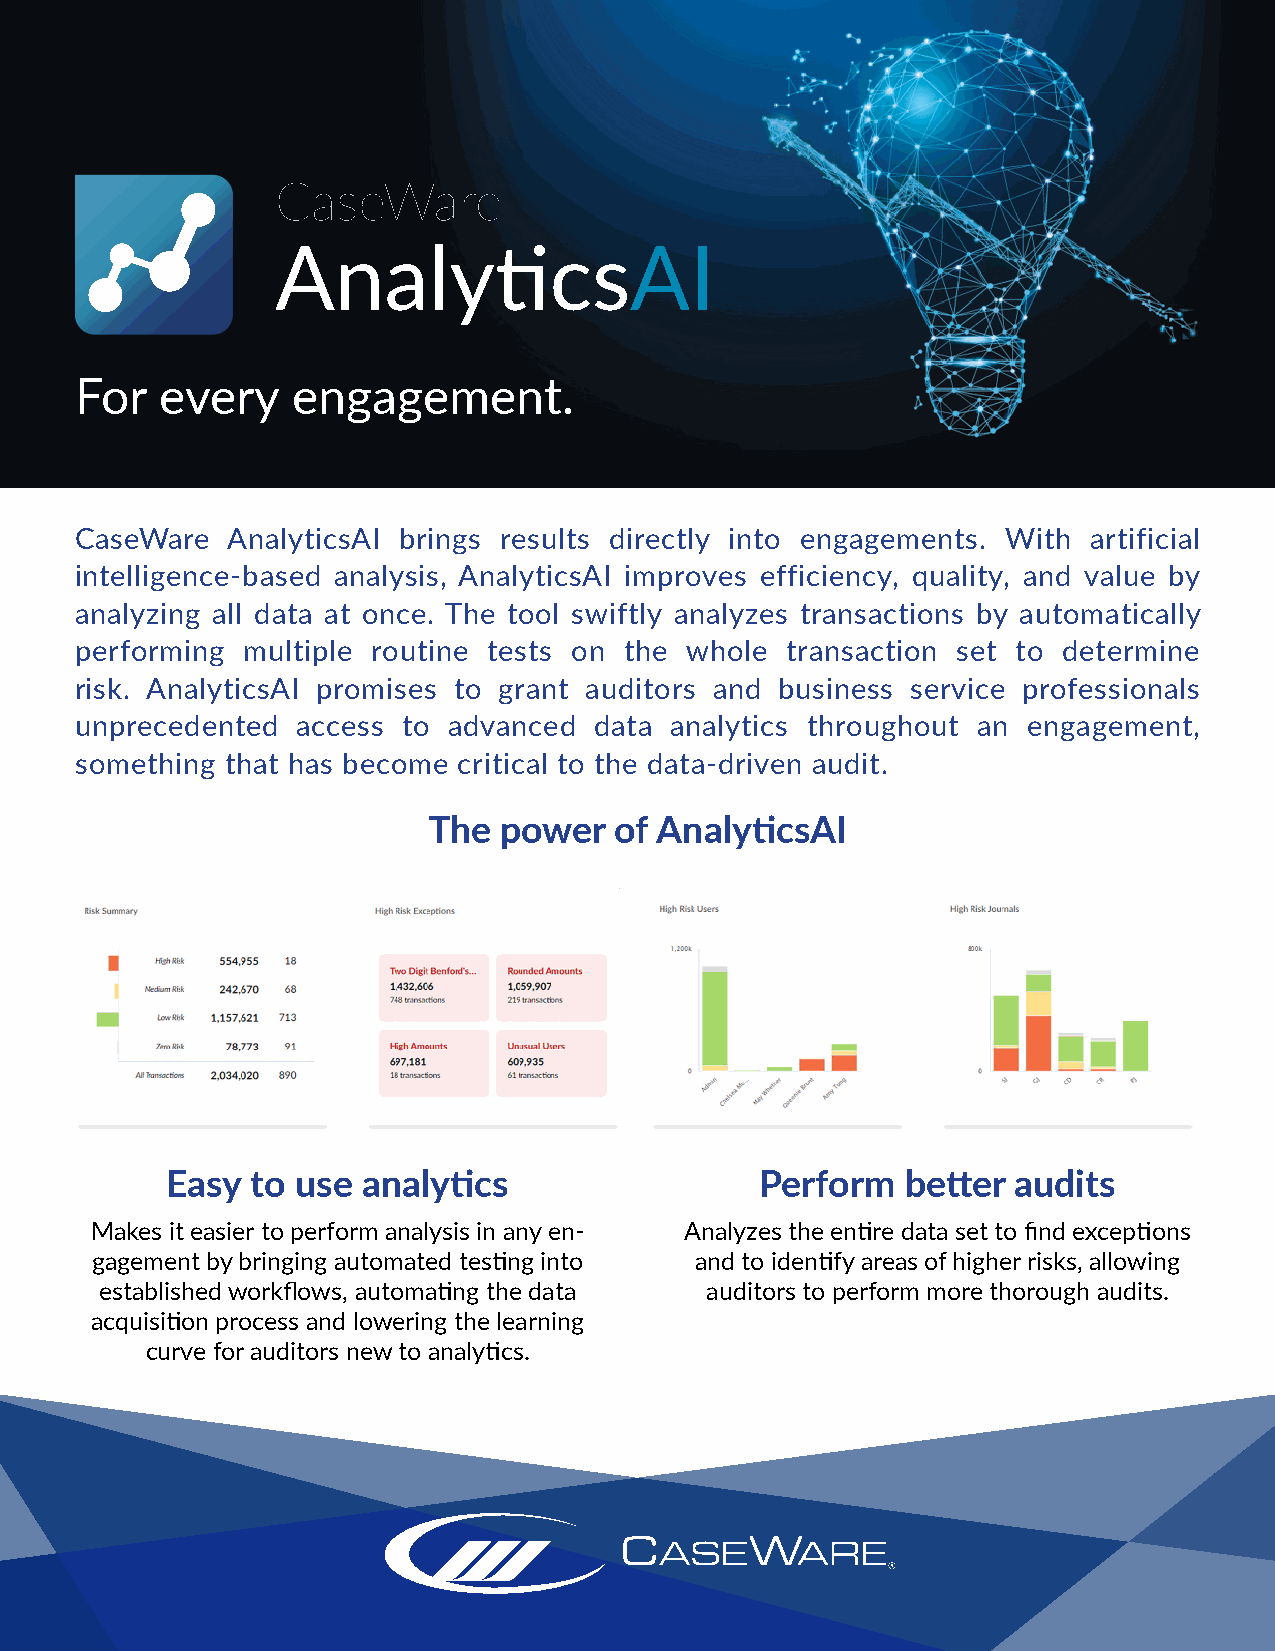
CaseWare
 AnalyticsAI
 For   every   engagement.
 CaseWare  AnalyticsAI brings results directly into engagements. With artificial
 intelligence-based analysis, AnalyticsAI improves efficiency, quality, and value by
 analyzing all data at once. The tool swiftly analyzes transactions by automatically
 performing multiple routine tests on the whole transaction set to determine
 risk. AnalyticsAI promises to grant auditors and business service professionals
 unprecedented  access to advanced data analytics throughout an engagement,
 something that has become critical to the data-driven audit.
 The  power   of AnalyticsAI
 Easy  to use analytics                 Perform   better audits
 Makes it easier to perform analysis in any en- Analyzes the entire data set to find exceptions
 gagement by bringing automated testing into and to identify areas of higher risks, allowing
 established workflows, automating the data auditors to perform more thorough audits.
 acquisition process and lowering the learning
 curve for auditors new to analytics.